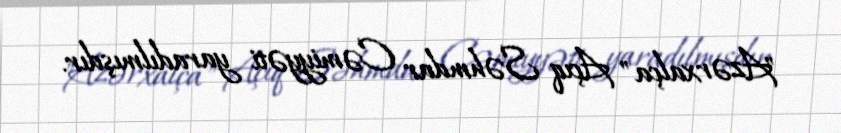
"Azərxalça" Açıq Səhmdar Cəmiyyəti yaradılmışdır.